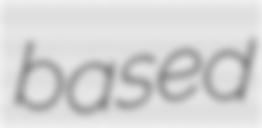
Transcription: based